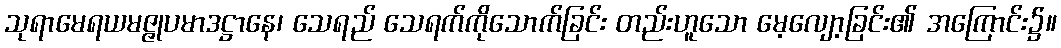
သုရာမေရယမဇ္ဇုပမာဒဋ္ဌာနေ၊ သေရည် သေရက်ကိုသောက်ခြင်း တည်းဟူသော မေ့လျော့ခြင်း၏ အကြောင်း၌။